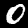
Digit: 0